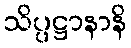
သိပ္ပဋ္ဌာနာနိ